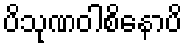
ပိသုဏဝါစိနောပိ